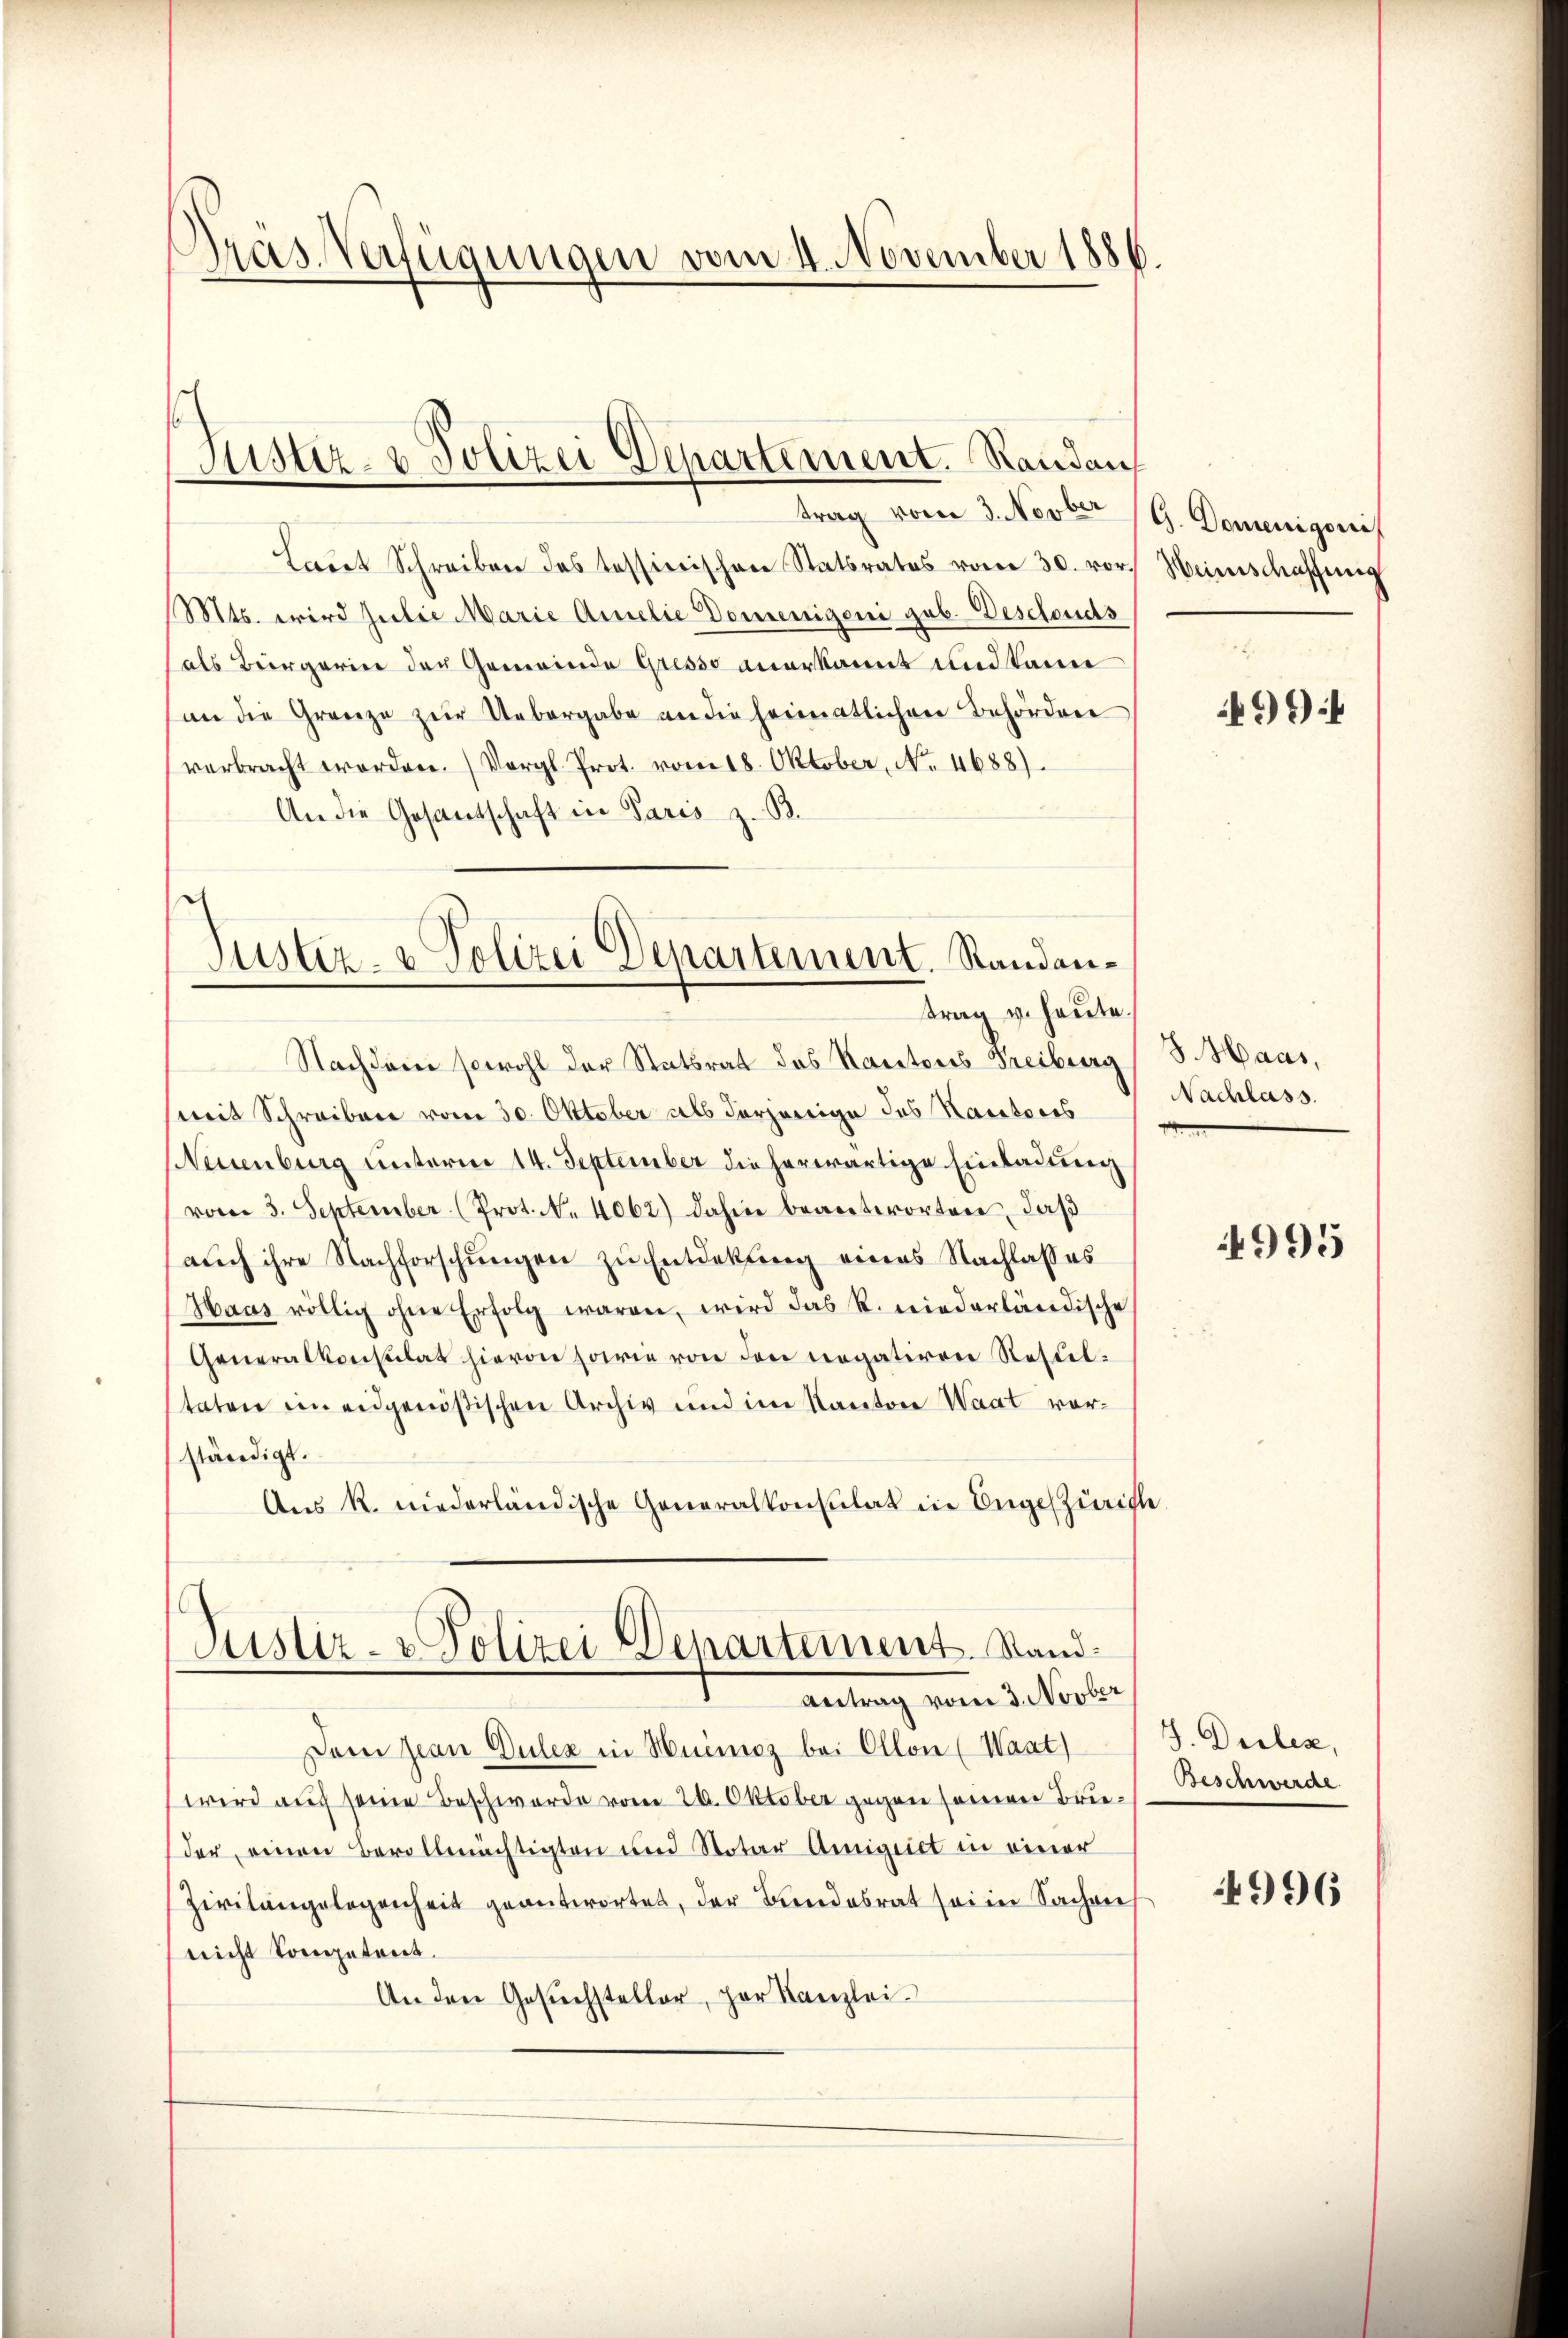
Pras Verfügungen vom 4. November 1886.

Jüster- u Polizei Departement. Randan
trag vom 3. Novber

Laut Schreiben des Tessinischen Statsrates vom 30. vor
(Mts. wird Julie Marie Amelie Domenigeni sub. Deschouds
als Bürgerier der Gemeinde Gresso anerkannt und kann
an die Grenze zur Uebergabe an die heimatlichen Behördene
verbracht worden. (Vergl. Prot. vom 18. Oktober, No. 4688).
An die Gesantschaft in Paris z. B.
Justiz- & Polizei Departement. Standan¬

trag u. heute.

Nachdem sowohl der Statsrat des Kantons Freiburg (S. Haas,
mit Schreiben vom 30. Oktober als derjenige des Kautores Nachlass
Neuenburg unterm 14. September die herwärtige Einladung
vom 3. September (Prot. N. 4062) dahin beanterorten, daß
auch ihre Nachforschungen zu Entdekung eines Nachlasses
Haas völlig ohne Erfolg waren, wird das R. niederländische
Generalkonsulat hievon horie von den Rogativen Resulstaten ein eidgenößischen Archiv und im Kanton Waat vorständigt.
Aus K. niederländische Generalkonsulat in Ungeszürich
Justiz- & Polizei Departement. Stand¬
Antrag vom 3. Novber
Dein Jean Dulex in Huemoz bei Ollon (Waat)
wird auch seine Beschwerde vom 20. Oktober gegen seinen Brieder einen Bevollmächtigten und Notar Amigriet in einer
Zivilangelegenheit geantwortet, der Bandesrat sei in Sachen
nicht kompetreit.
An den Gesŭchsteller, par Kanzlei-

G. Domenigoni
Weinschaffung

499

e

4995

J. Dielen,
Beschwerde

4996